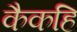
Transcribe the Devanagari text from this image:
कैकहि